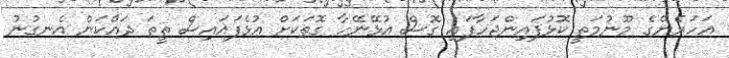
އަހަރެންގެ މޫނުމަތީ ކޮޅުފައިންޖަހާފައި ގޮސް އުޅޭނޭހާ ގޮތަކަށް އުޅެފައައިސް ތީތަ ދައްކަން އެނގުނު